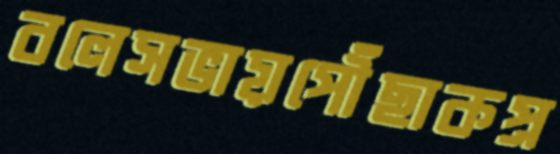
বলেসভায়পৌঁছাকপ্র